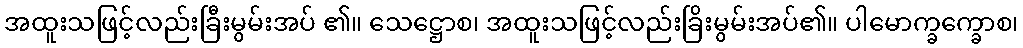
အထူးသဖြင့်လည်းခြီးမွမ်းအပ် ၏။ သေဋ္ဌောစ၊ အထူးသဖြင့်လည်းခြိးမွမ်းအပ်၏။ ပါမောက္ခက္ခောစ၊